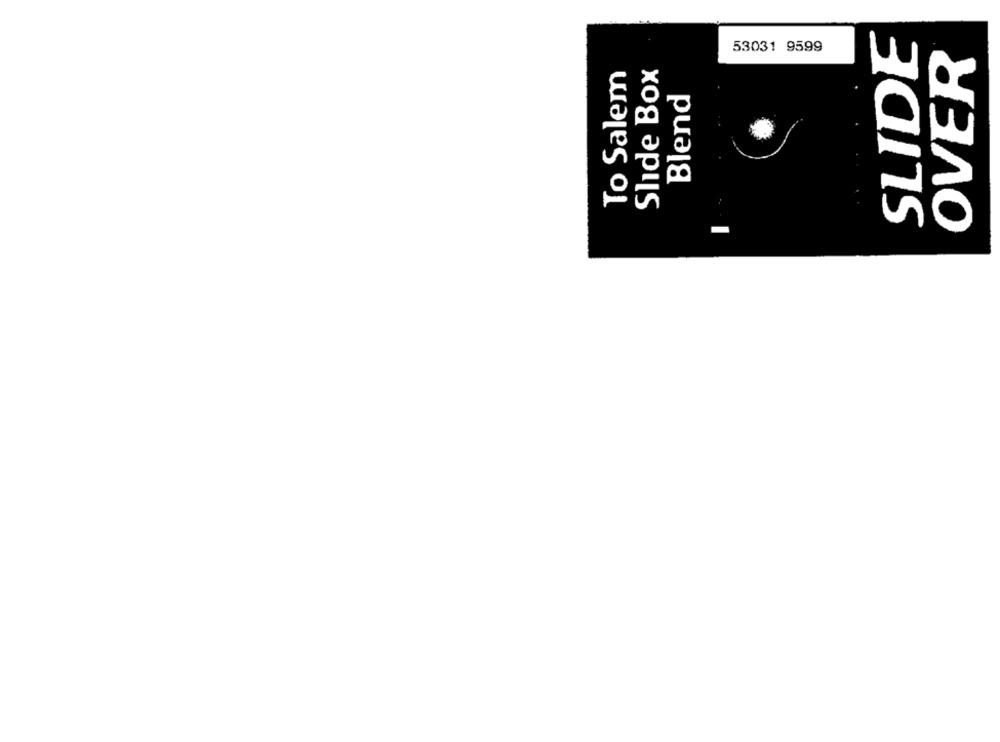
SLIDE
OVER
53031 9599
To Salem
Slide Box
Blend